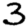
Digit: 3